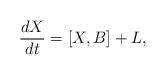
LaTeX: \begin{align*} \frac{dX}{dt}=[X,B]+L,\end{align*}